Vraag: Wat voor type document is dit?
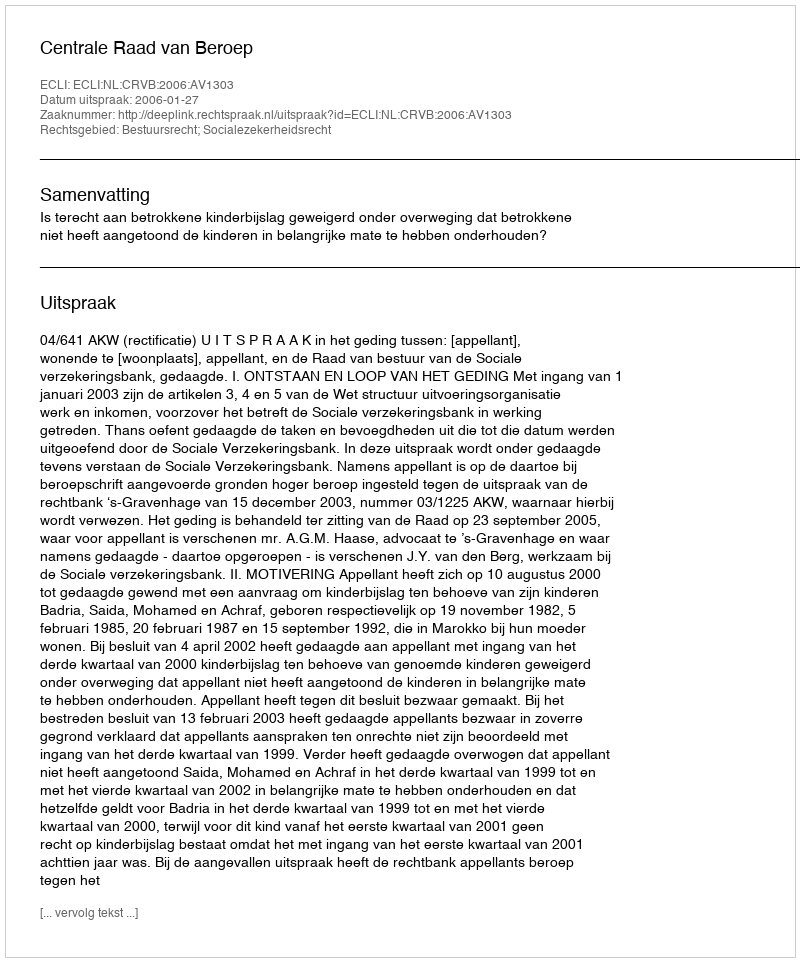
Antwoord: Uitspraak